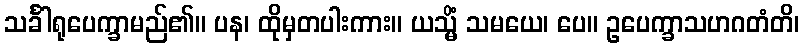
သင်္ခါရုပေက္ခာမည်၏။ ပန၊ ထိုမှတပါးကား။ ယသ္မိံ သမယေ၊ ပေ။ ဥပေက္ခာသဟဂတံတိ၊